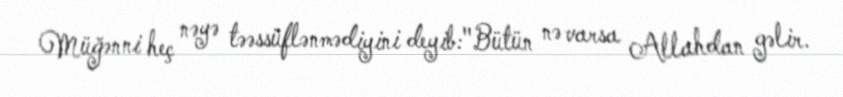
Müğənni heç nəyə təəssüflənmədiyini deyib:"Bütün nə varsa Allahdan gəlir.